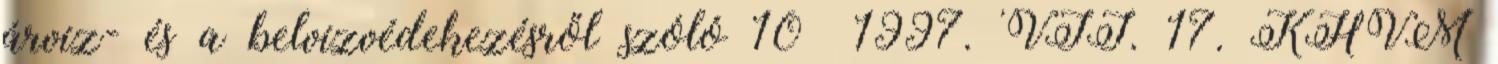
árvíz- és a belvízvédekezésről szóló 10 1997. VII. 17. KHVM